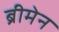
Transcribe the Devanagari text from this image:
ब्रीमेन